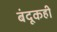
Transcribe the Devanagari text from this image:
बंदूकही